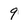
Character: 9